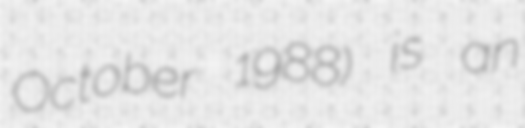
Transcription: October 1988) is an